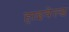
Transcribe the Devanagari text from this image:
हाइवेल्ड